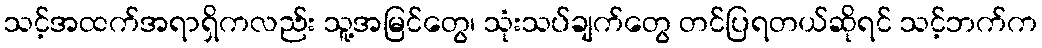
သင့်အထက်အရာရှိကလည်း သူ့အမြင်တွေ၊ သုံးသပ်ချက်တွေ တင်ပြရတယ်ဆိုရင် သင့်ဘက်က